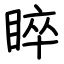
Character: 睟